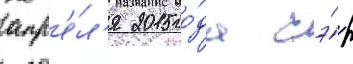
апр'е́л'я 2015 го́да сэ́р